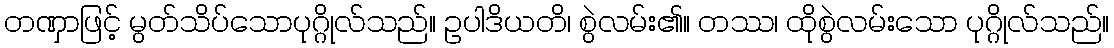
တဏှာဖြင့် မွတ်သိပ်သောပုဂ္ဂိုလ်သည်။ ဥပါဒိယတိ၊ စွဲလမ်း၏။ တဿ၊ ထိုစွဲလမ်းသော ပုဂ္ဂိုလ်သည်။